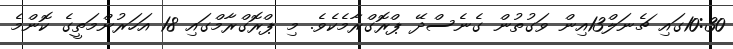
10:30ގައި ޗެނަލް13އިން ވަގުތުން ގެނެސްދޭ ޕްރޮގްރާމެކެވެ. މި ޕްރޮގްރާމްގައި 18 އަހަރުންމަތީގެ ކޮންމެ